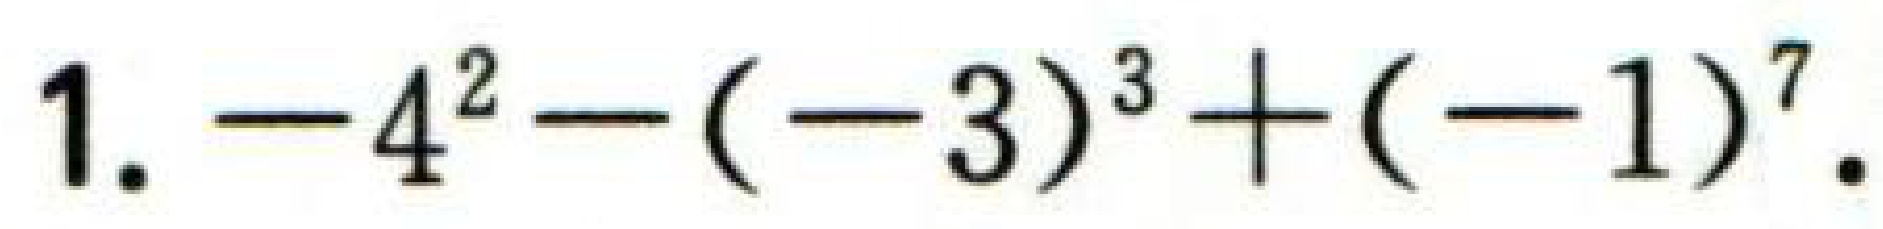
$1. -4^{2}-(-3)^{3}+(-1)^{7}.$